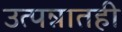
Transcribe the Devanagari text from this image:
उत्पन्नातही